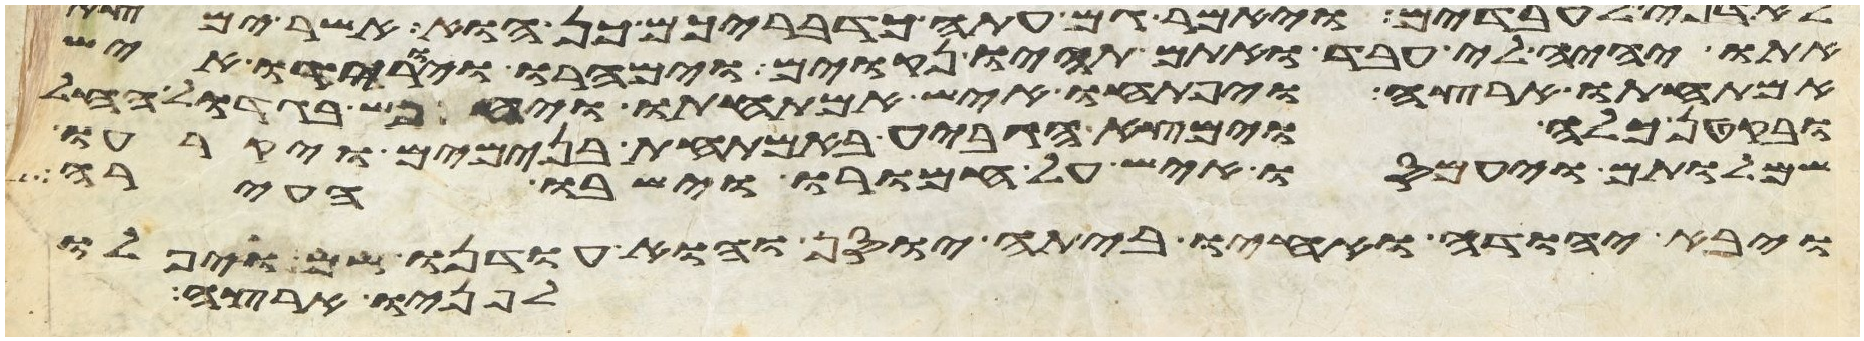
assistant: אתו יהיה לי עבד ואתם תהיו נקואים וימהרו ויורידו איש
אמתחתו ארצה ויפתחו איש אמתחתו ויחפש בגדול החל
ובקטן כלה וימצא הגביע באמתחת בנימים ויקרעו
שמלותם ויעמסו איש על חמורו וישבו העירה
ויבא יהודה ואחיו ביתה יוסף והוא עודנו שם ויפלו
לפניו ארצה